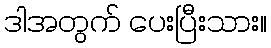
ဒါအတွက် ပေးပြီးသား။